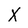
Character: X